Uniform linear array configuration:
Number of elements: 48
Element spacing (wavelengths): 0.75
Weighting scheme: hamming
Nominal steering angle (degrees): -45
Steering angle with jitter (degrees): -44.458
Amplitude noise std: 0.05
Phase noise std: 0.05

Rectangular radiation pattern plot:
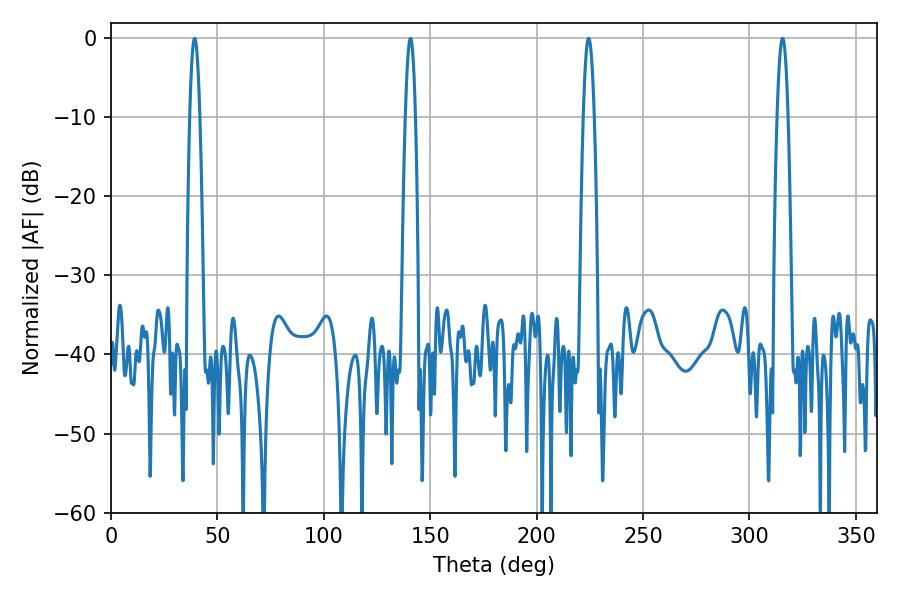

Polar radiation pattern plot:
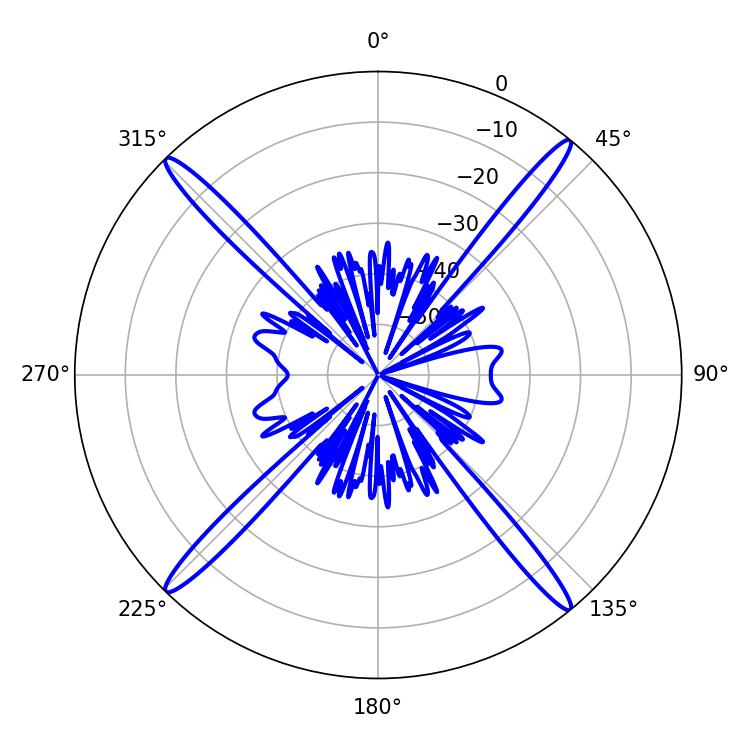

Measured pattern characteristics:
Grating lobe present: TRUE
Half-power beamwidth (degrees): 2.88
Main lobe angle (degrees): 224.46